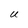
Character: U